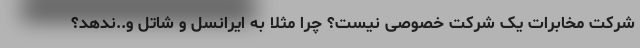
شرکت مخابرات یک شرکت خصوصی نیست؟ چرا مثلاً به ایرانسل و شاتل و..ندهد؟